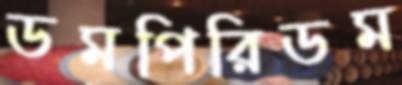
ডমপিরিডম